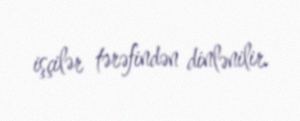
işçilər tərəfindən dinlənilir.